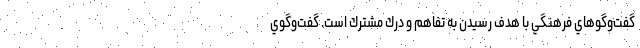
گفت‌وگوهاي فرهنگي با هدف رسيدن به تفاهم و درك مشترك است. گفت‌وگوي